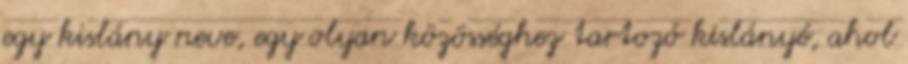
egy kislány neve, egy olyan közösséghez tartozó kislányé, ahol